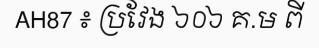
AH87 ៖ ប្រវែង ៦០៦ គ.ម ពី